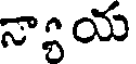
న్యాయ